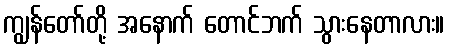
ကျွန်တော်တို့ အနောက် တောင်ဘက် သွားနေတာလား။